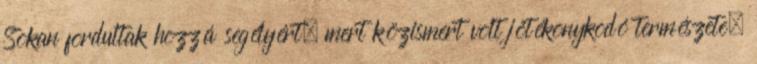
Sokan fordultak hozzá segélyért, mert közismert volt jótékonykodó természete.